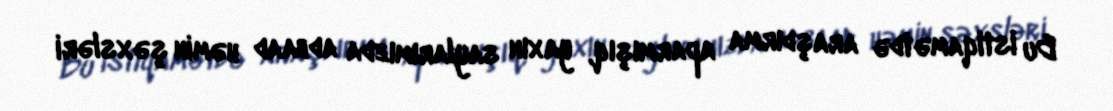
Bu istiqamətdə araşdırma aparmışıq, yaxın saylarımızda adbaad həmin şəxsləri